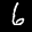
Label: 6